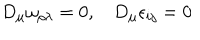
D _ { \mu } \omega _ { \rho \lambda } = 0 , D _ { \mu } \epsilon _ { i j } = 0